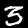
Label: 3